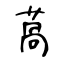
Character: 萵